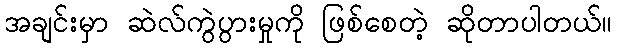
အချင်းမှာ ဆဲလ်ကွဲပွားမှုကို ဖြစ်စေတဲ့ ဆိုတာပါတယ်။